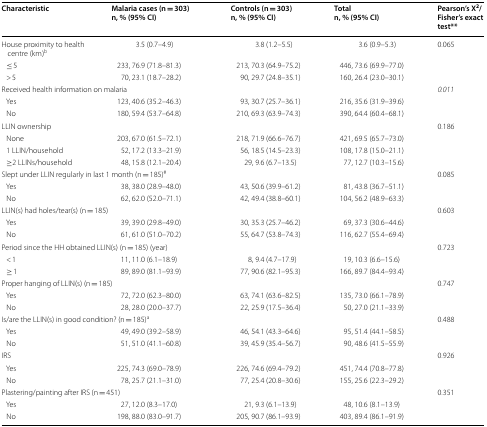
<table><thead><tr><td><b>Characteristic</b></td><td><b>Malaria cases (n = 303)n, % (95% CI)</b></td><td><b>Controls (n = 303)n, % (95% CI)</b></td><td><b>Totaln, % (95% CI)</b></td><td><b>Pearson’s X<sup>2</sup>/Fisher’s exact test**</b></td></tr></thead><tbody><tr><td>House proximity to health centre (km)<sup>b</sup></td><td>3.5 (0.7–4.9)</td><td>3.8 (1.2–5.5)</td><td>3.6 (0.9–5.3)</td><td rowspan="3">0.065</td></tr><tr><td> ≤ 5</td><td>233, 76.9 (71.8–81.3)</td><td>213, 70.3 (64.9–75.2)</td><td>446, 73.6 (69.9–77.0)</td></tr><tr><td> &gt; 5</td><td>70, 23.1 (18.7–28.2)</td><td>90, 29.7 (24.8–35.1)</td><td>160, 26.4 (23.0–30.1)</td></tr><tr><td colspan="4">Received health information on malaria</td><td rowspan="3"><i>0.011</i></td></tr><tr><td> Yes</td><td>123, 40.6 (35.2–46.3)</td><td>93, 30.7 (25.7–36.1)</td><td>216, 35.6 (31.9–39.6)</td></tr><tr><td> No</td><td>180, 59.4 (53.7–64.8)</td><td>210, 69.3 (63.9–74.3)</td><td>390, 64.4 (60.4–68.1)</td></tr><tr><td colspan="4">LLIN ownership</td><td rowspan="4">0.186</td></tr><tr><td> None</td><td>203, 67.0 (61.5–72.1)</td><td>218, 71.9 (66.6–76.7)</td><td>421, 69.5 (65.7–73.0)</td></tr><tr><td> 1 LLIN/household</td><td>52, 17.2 (13.3–21.9)</td><td>56, 18.5 (14.5–23.3)</td><td>108, 17.8 (15.0–21.1)</td></tr><tr><td> ≥2 LLINs/household</td><td>48, 15.8 (12.1–20.4)</td><td>29, 9.6 (6.7–13.5)</td><td>77, 12.7 (10.3–15.6)</td></tr><tr><td colspan="4">Slept under LLIN regularly in last 1 month (n = 185)<sup>#</sup></td><td rowspan="3">0.085</td></tr><tr><td> Yes</td><td>38, 38.0 (28.9–48.0)</td><td>43, 50.6 (39.9–61.2)</td><td>81, 43.8 (36.7–51.1)</td></tr><tr><td> No</td><td>62, 62.0 (52.0–71.1)</td><td>42, 49.4 (38.8–60.1)</td><td>104, 56.2 (48.9–63.3)</td></tr><tr><td colspan="4">LLIN(s) had holes/tear(s) (n = 185)</td><td rowspan="3">0.603</td></tr><tr><td> Yes</td><td>39, 39.0 (29.8–49.0)</td><td>30, 35.3 (25.7–46.2)</td><td>69, 37.3 (30.6–44.6)</td></tr><tr><td> No</td><td>61, 61.0 (51.0–70.2)</td><td>55, 64.7 (53.8–74.3)</td><td>116, 62.7 (55.4–69.4)</td></tr><tr><td colspan="4">Period since the HH obtained LLIN(s) (n = 185) (year)</td><td rowspan="3">0.723</td></tr><tr><td> &lt; 1</td><td>11, 11.0 (6.1–18.9)</td><td>8, 9.4 (4.7–17.9)</td><td>19, 10.3 (6.6–15.6)</td></tr><tr><td> ≥ 1</td><td>89, 89.0 (81.1–93.9)</td><td>77, 90.6 (82.1–95.3)</td><td>166, 89.7 (84.4–93.4)</td></tr><tr><td colspan="4">Proper hanging of LLIN(s) (n = 185)</td><td rowspan="3">0.747</td></tr><tr><td> Yes</td><td>72, 72.0 (62.3–80.0)</td><td>63, 74.1 (63.6–82.5)</td><td>135, 73.0 (66.1–78.9)</td></tr><tr><td> No</td><td>28, 28.0 (20.0–37.7)</td><td>22, 25.9 (17.5–36.4)</td><td>50, 27.0 (21.1–33.9)</td></tr><tr><td colspan="4">Is/are the LLIN(s) in good condition? (n = 185)<sup>a</sup></td><td rowspan="3">0.488</td></tr><tr><td> Yes</td><td>49, 49.0 (39.2–58.9)</td><td>46, 54.1 (43.3–64.6)</td><td>95, 51.4 (44.1–58.5)</td></tr><tr><td> No</td><td>51, 51.0 (41.1–60.8)</td><td>39, 45.9 (35.4–56.7)</td><td>90, 48.6 (41.5–55.9)</td></tr><tr><td colspan="4">IRS</td><td rowspan="3">0.926</td></tr><tr><td> Yes</td><td>225, 74.3 (69.0–78.9)</td><td>226, 74.6 (69.4–79.2)</td><td>451, 74.4 (70.8–77.8)</td></tr><tr><td> No</td><td>78, 25.7 (21.1–31.0)</td><td>77, 25.4 (20.8–30.6)</td><td>155, 25.6 (22.3–29.2)</td></tr><tr><td colspan="4">Plastering/painting after IRS (n = 451)</td><td rowspan="3">0.351</td></tr><tr><td> Yes</td><td>27, 12.0 (8.3–17.0)</td><td>21, 9.3 (6.1–13.9)</td><td>48, 10.6 (8.1–13.9)</td></tr><tr><td> No</td><td>198, 88.0 (83.0–91.7)</td><td>205, 90.7 (86.1–93.9)</td><td>403, 89.4 (86.1–91.9)</td></tr></tbody></table>